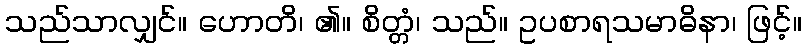
သည်သာလျှင်။ ဟောတိ၊ ၏။ စိတ္တံ၊ သည်။ ဥပစာရသမာဓိနာ၊ ဖြင့်။